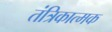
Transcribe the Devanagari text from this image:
तंत्रिकात्मक